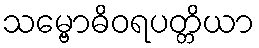
သမ္ဗောဓိဝရပတ္တိယာ